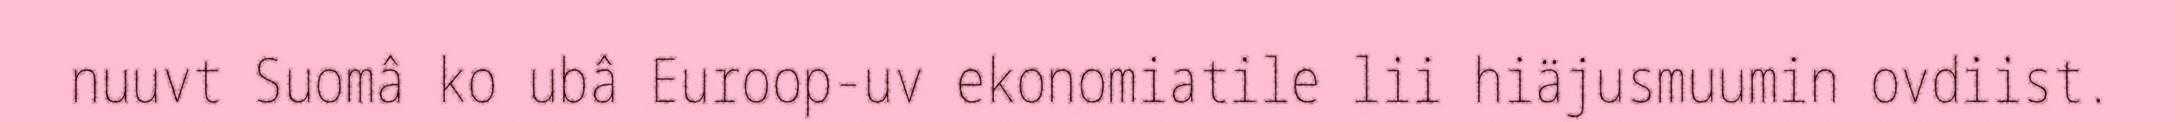
nuuvt Suomâ ko ubâ Euroop-uv ekonomiatile lii hiäjusmuumin ovdiist.